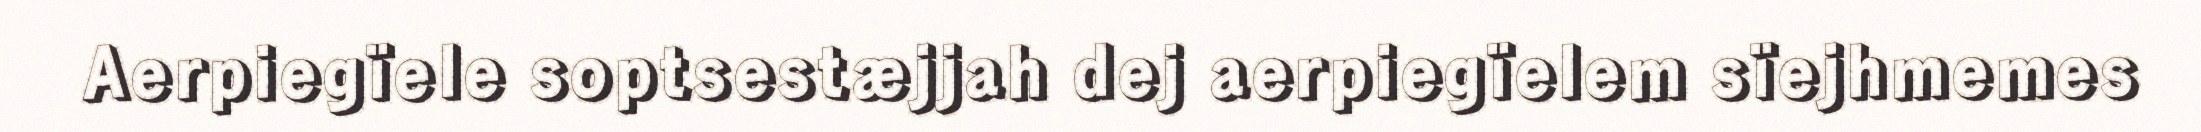
Aerpiegïele soptsestæjjah dej aerpiegïelem sïejhmemes